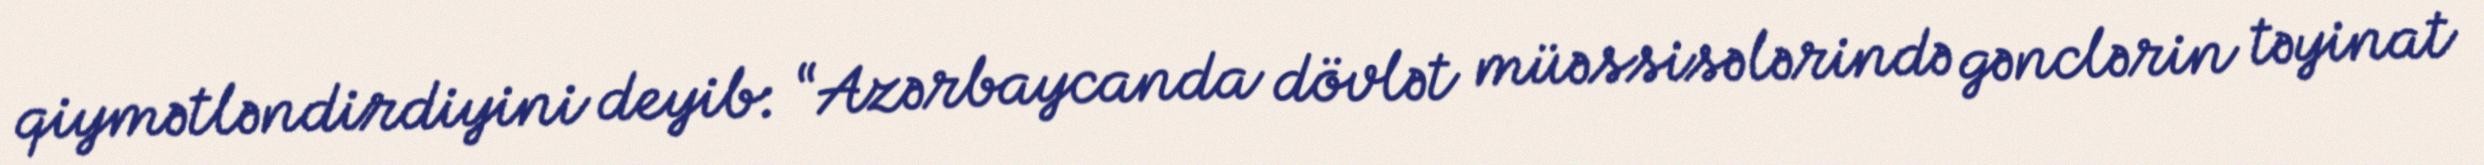
qiymətləndirdiyini deyib: “Azərbaycanda dövlət müəssisələrində gənclərin təyinat